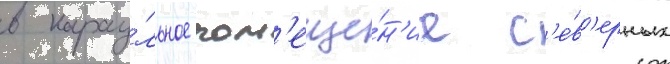
в карау́льное пом'еще́н'ие с'е́в'ерных